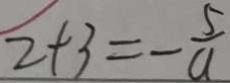
2 + 3 = - \frac { 5 } { a }